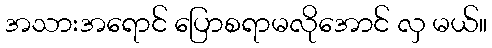
အသားအရောင် ပြောစရာမလိုအောင် လှ မယ်။